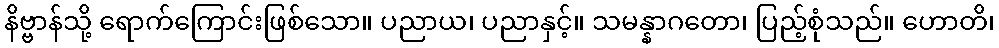
နိဗ္ဗာန်သို့ ရောက်ကြောင်းဖြစ်သော။ ပညာယ၊ ပညာနှင့်။ သမန္နာဂတော၊ ပြည့်စုံသည်။ ဟောတိ၊